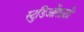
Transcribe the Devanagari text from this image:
स्टुडिओंसाठी